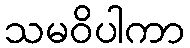
သမဝိပါကာ